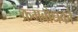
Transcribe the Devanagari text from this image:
क्रमबोधको